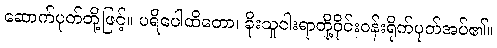
ဆောက်ပုတ်တို့ဖြင့်။ ပရိပေါထိတော၊ ခိုးသူငါးရာတို့ဝိုင်းဝန်းရိုက်ပုတ်အပ်၏။